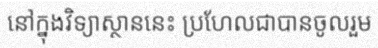
នៅក្នុងវិទ្យាស្ថាននេះ ប្រហែលជាបានចូលរួម